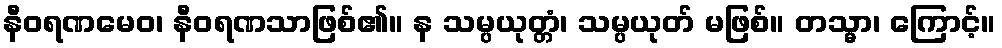
နီဝရဏမေဝ၊ နီဝရဏသာဖြစ်၏။ န သမ္ပယုတ္တံ၊ သမ္ပယုတ် မဖြစ်။ တသ္မာ၊ ကြောင့်။